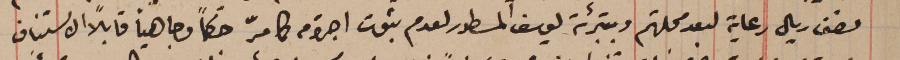
ونصف ريال رعاية لبعد محلتهم وبتبرئة يوسف المسطور لعدم ثبوت اجرامَه كما مرّ حكماً وجاهياً قابلاً الاستناف